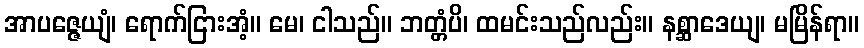
အာပဇ္ဇေယျံ၊ ရောက်ငြားအံ့။ မေ၊ ငါသည်။ ဘတ္တံပိ၊ ထမင်းသည်လည်း။ နစ္ဆာဒေယျ၊ မမြိန်ရာ။